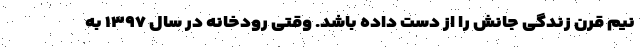
نیم قرن زندگی جانش را از دست داده باشد. وقتی رودخانه در سال ۱۳۹۷ به